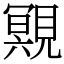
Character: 覭